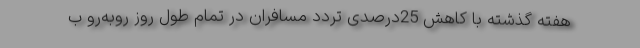
هفته گذشته با کاهش 25درصدی تردد مسافران در تمام طول روز روبه‌رو ب